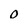
Character: 0